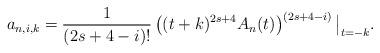
LaTeX: \begin{align*} a_{n,i,k} = \frac{1}{(2s+4-i)!} \left( (t+k)^{2s+4}A_n(t) \right)^{(2s+4-i)} \big|_{t=-k}. \end{align*}